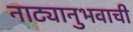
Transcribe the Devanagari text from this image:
नाट्यानुभवाची